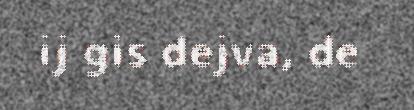
ij gis dejva, de